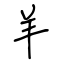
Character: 羊